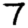
Digit: 7